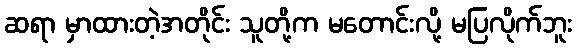
ဆရာ မှာထားတဲ့အတိုင်း သူတို့က မတောင်းလို့ မပြလိုက်ဘူး